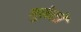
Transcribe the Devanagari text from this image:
गुलेलों